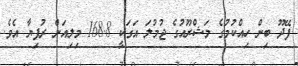
ފޭދޫ ބިން ހިއްކުމުގެ މަޝްރޫއުގެ ޖުމުލަ އަގަކީ 168.8 މިލިއަން ރުފިޔާ އެވެ.